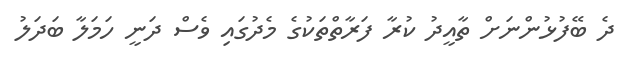
ދެ ބޭފުޅުންނަށް ތާއީދު ކުރާ ފަރާތްތަކުގެ މެދުގައި ވެސް ދަނީ ހަމަލާ ބަދަލު